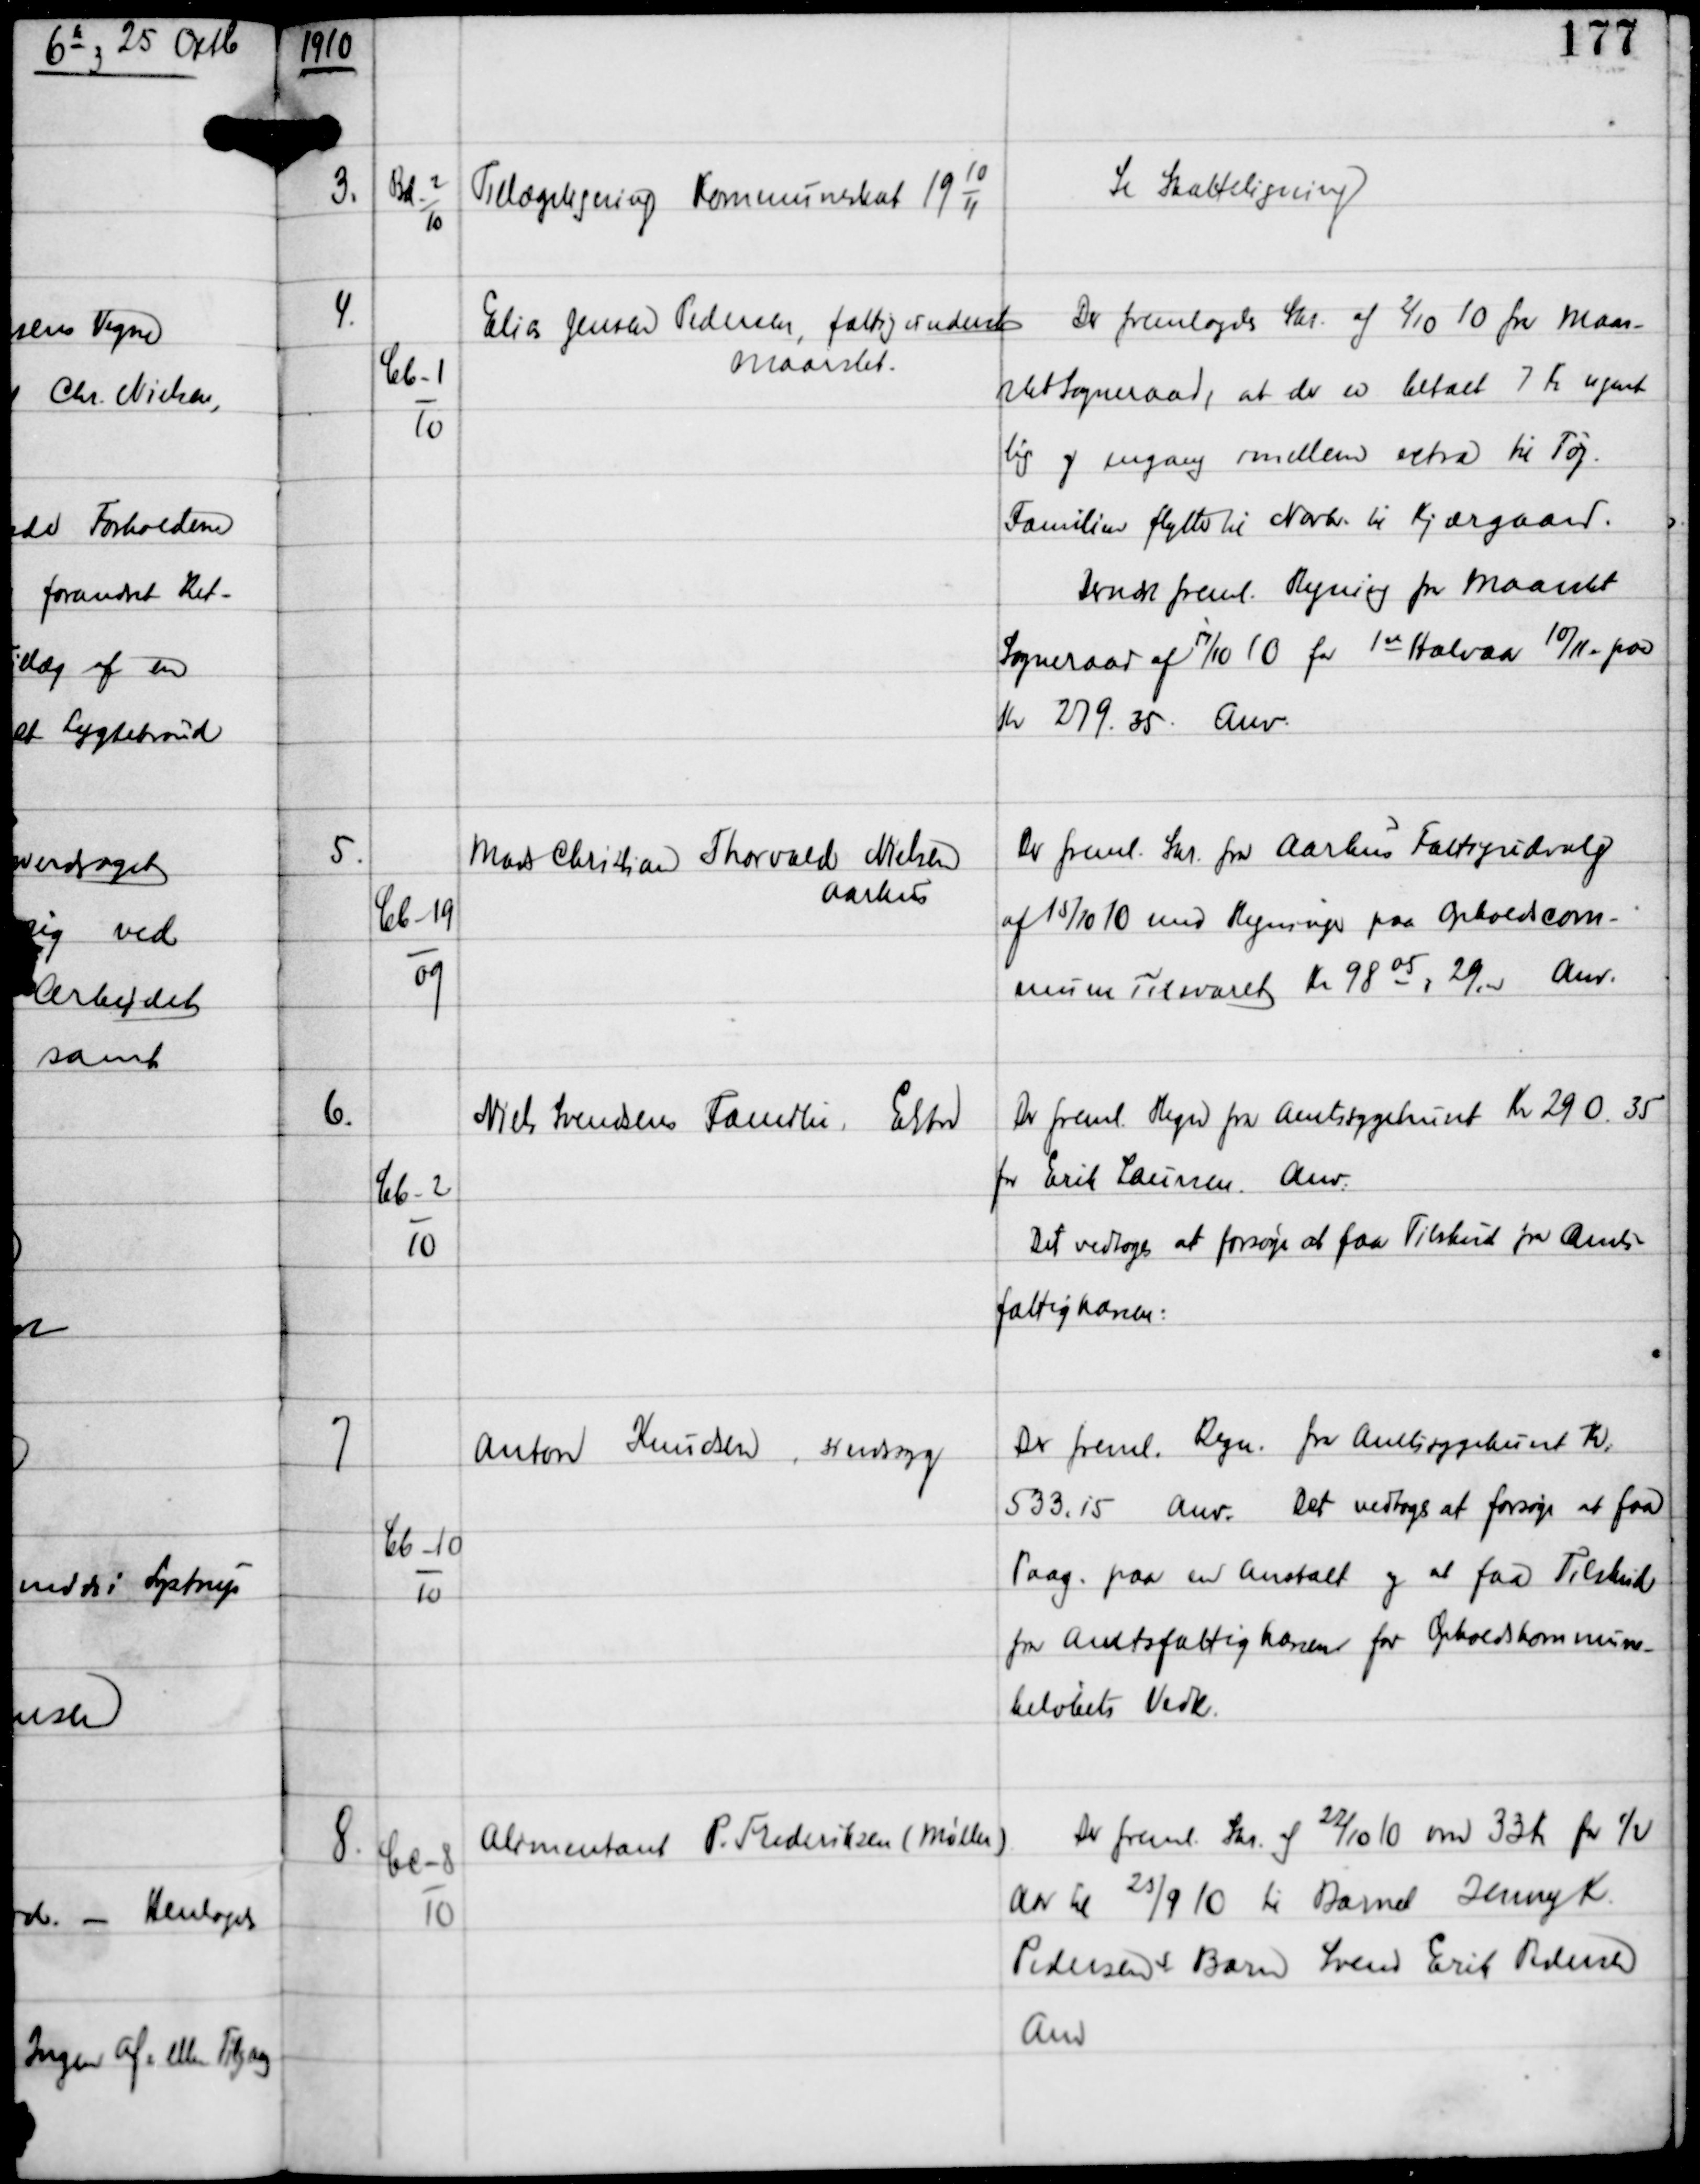
Transskription:
1910

3.

Bd-2
10

Tillægsligning Kommuneskat 19
10
11

Se Skatteligning

4.

Cb-1
10

Elias Jensen Pedersen, fattigunderst
Maarslet

Der fremlagdes Skr af 2/10 10 fra Maar-
slet Sogneraad, at der er betalt 7 Kr ugent-
lig og engang imellem extra til Tøj.
Familien flytter til Novbr til Kjærgaard.
Dernæst freml Regning fra Maarslet
Sogneraad af 17/10 for 1st Halvaar 10/11 paa
Kr 279.35.
Anv.

5.

Cb-19
09

Mads Christian Thorvald Nielsen
Aarhus

Der freml Skr fra Aarhus Fattigudvalg
af 15/10 10 med Regninger paa Opholdscom-
mune Tilsvaret Kr 9805 og 29.00
Anv.

6.

Cb-2
10

Niels Svendsens Familie, Elsted

Der freml Regn fra Amtssygehuset Kr 290 35
for Erik Laursen.
Anv.
Det vedtoges at forsøge at faa Tilskud fra Amts-
fattigkassen.

7

Cb-10
10

Anton Knudsen, sindsyg

Der freml Regn fra Amtssygehuset Kr
533.15.
Anv.
Det vedtoges at forsøge at faa
Paag paa en Anstalt og at faa Tilskud
fra Amtsfattigkassen for Opholdskommune-
beløbets Vedk.

8.

Cc-8
10

Alimentant P. Frederiksen (Møller)

Der freml Skr af 22/10 10 om 33 Kr for ½
Aar til 25/9 10 til Barnet Jenny K
Pedersens Barn Svend Erik Pedersen
Anv